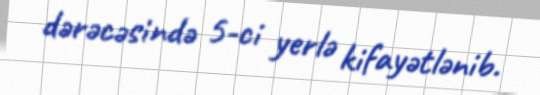
dərəcəsində 5-ci yerlə kifayətlənib.